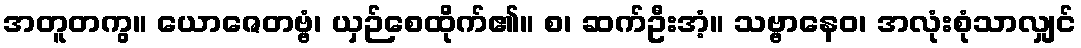
အတူတကွ။ ယောဇေတဗ္ဗံ၊ ယှဉ်စေထိုက်၏။ စ၊ ဆက်ဦးအံ့။ သဗ္ဗာနေဝ၊ အလုံးစုံသာလျှင်